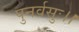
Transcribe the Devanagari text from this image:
पुनर्वसुः।।